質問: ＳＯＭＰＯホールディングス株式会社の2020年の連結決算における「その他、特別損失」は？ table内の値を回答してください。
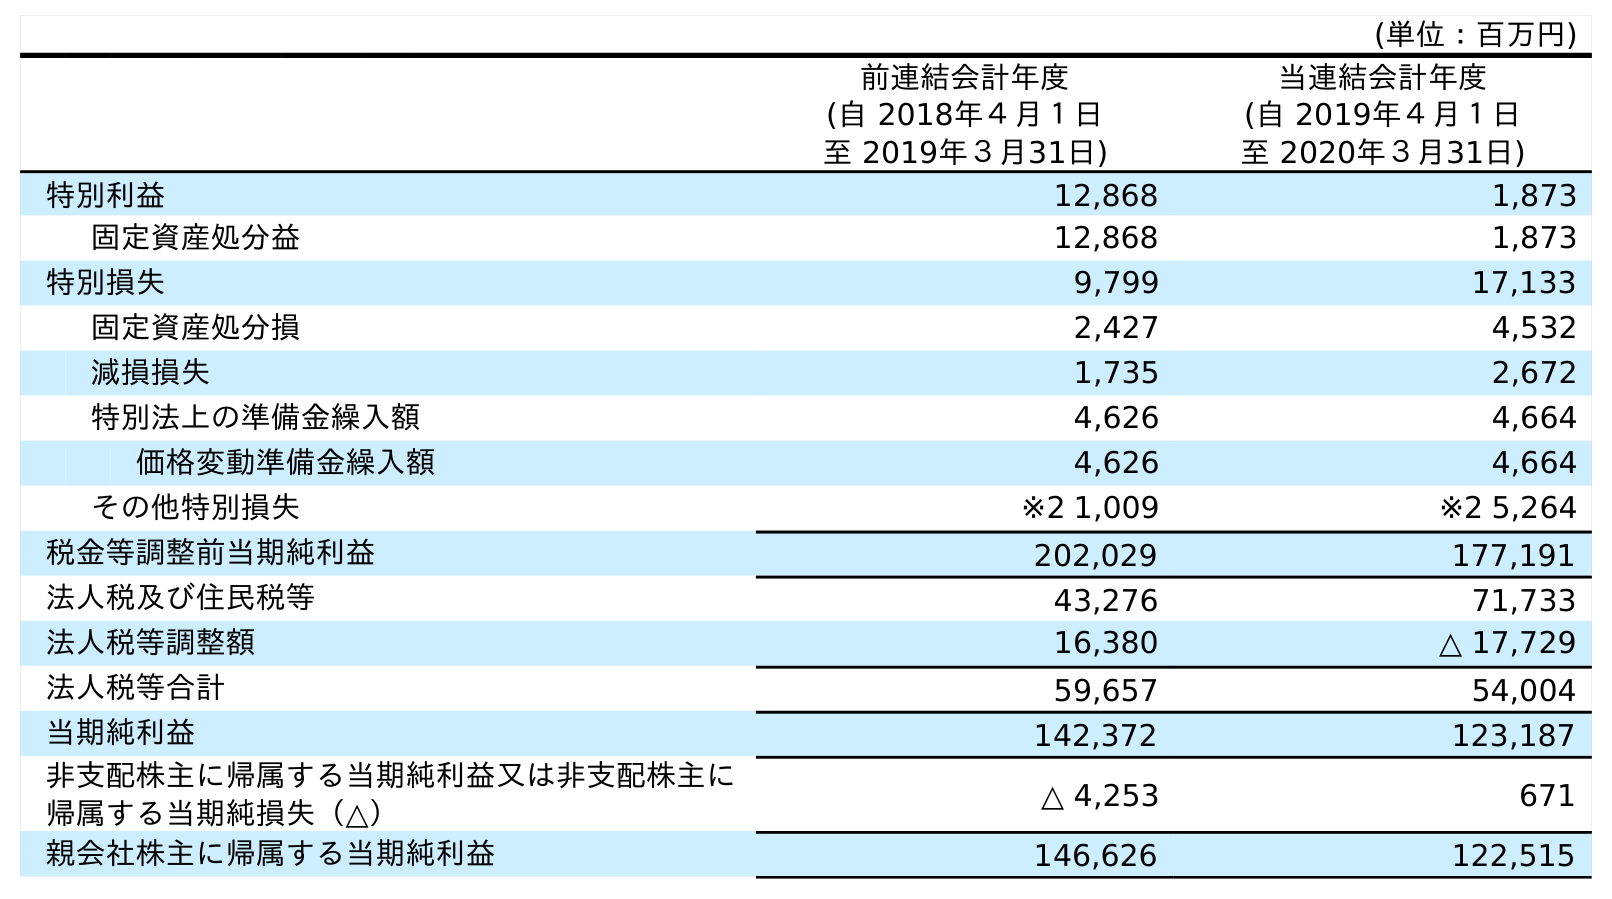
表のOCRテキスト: (単位：百万円) 前連結会計年度 (自 2018年４月１日 至 2019年３月31日) 当連結会計年度 (自 2019年４月１日 至 2020年３月31日) 特別利益 12,868 1,873 固定資産処分益 12,868 1,873 特別損失 9,799 17,133 固定資産処分損 2,427 4,532 減損損失 1,735 2,672 特別法上の準備金繰入額 4,626 4,664 価格変動準備金繰入額 4,626 4,664 その他特別損失 ※2 1,009 ※2 5,264 税金等調整前当期純利益 202,029 177,191 法人税及び住民税等 43,276 71,733 法人税等調整額 16,380 △ 17,729 法人税等合計 59,657 54,004 当期純利益 142,372 123,187 非支配株主に帰属する当期純利益又は非支配株主に 帰属する当期純損失（△） △ 4,253 671 親会社株主に帰属する当期純利益 146,626 122,515
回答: ※25,264